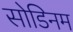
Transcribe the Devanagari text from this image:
सोडिनम